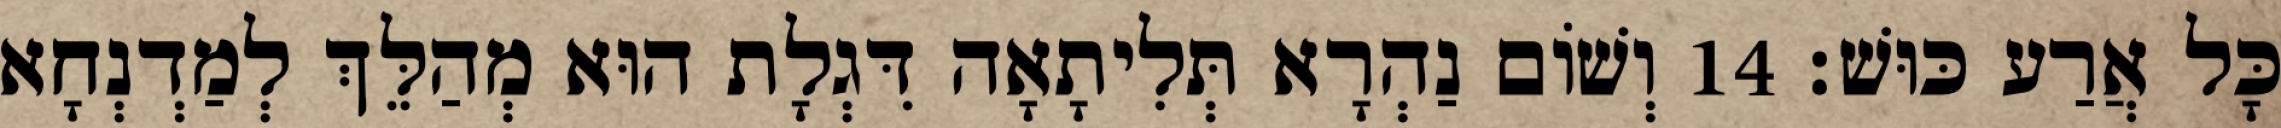
כָּל אֲרַע כּוּשׁ׃ 14 וְשׁוֹם נַהְרָא תְּלִיתָאָה דִּגְלָת הוּא מְהַלֵּךְ לְמַדְנְחָא